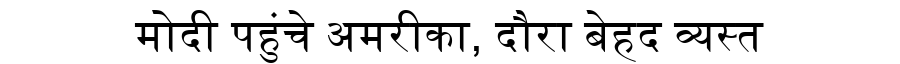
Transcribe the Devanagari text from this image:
मोदी पहुंचे अमरीका, दौरा बेहद व्यस्त